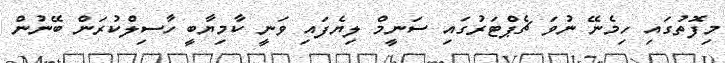
މިފޮތުގައި ހިމެނޭ ނުވަ ޗެޕްޓަރުގައި ސަނީމް ލިޔެފައި ވަނީ ކާމިޔާބީ ހާސިލްކުރަން ބޭނުން